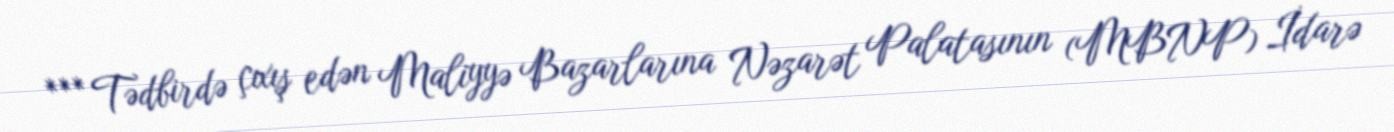
*** Tədbirdə çıxış edən Maliyyə Bazarlarına Nəzarət Palatasının (MBNP) İdarə